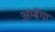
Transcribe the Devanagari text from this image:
अम्बेंगा